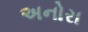
અનોરા